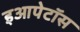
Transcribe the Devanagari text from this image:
इआपेटॉस